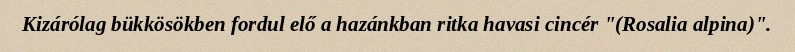
Kizárólag bükkösökben fordul elő a hazánkban ritka havasi cincér "(Rosalia alpina)".